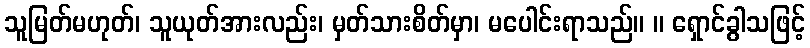
သူမြတ်မဟုတ်၊ သူယုတ်အားလည်း၊ မှတ်သားစိတ်မှာ၊ မပေါင်းရာသည်။ ။ ရှောင်ခွါသဖြင့်